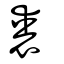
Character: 喪